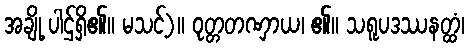
အချို့ ပါဌ်ရှိ၏။ မသင့်)။ ဝုတ္တတဏှာယ၊ ၏။ သရူပဒဿနတ္ထံ၊